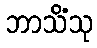
ဘာသိံသု